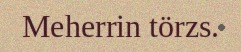
Meherrin törzs.